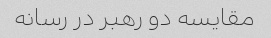
مقایسه دو رهبر در رسانه